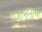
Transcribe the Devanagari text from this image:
गजाननाचा